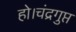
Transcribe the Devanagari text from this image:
हो।चंद्रगुप्त